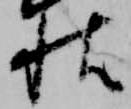
秋